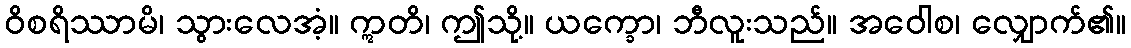
ဝိစရိဿာမိ၊ သွားလေအံ့။ ဣတိ၊ ဤသို့။ ယက္ခော၊ ဘီလူးသည်။ အဝေါစ၊ လျှောက်၏။